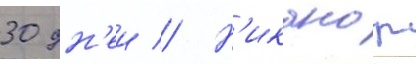
30 дн'еи // Н'иканор